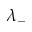
\lambda _ { - }